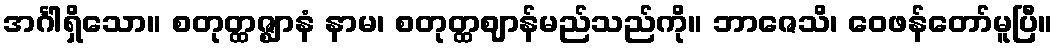
အင်္ဂါရှိသော။ စတုတ္ထဇ္ဈာနံ နာမ၊ စတုတ္ထဈာန်မည်သည်ကို။ ဘာဇေသိ၊ ဝေဖန်တော်မူပြီ။